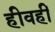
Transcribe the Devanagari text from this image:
हीवहीं